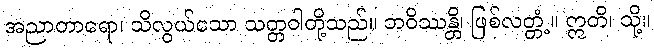
အညာတာရော၊ သိလွယ်သော သတ္တဝါတို့သည်။ ဘဝိဿန္တိ၊ ဖြစ်လတ္တံ့။ ဣတိ၊ သို့။